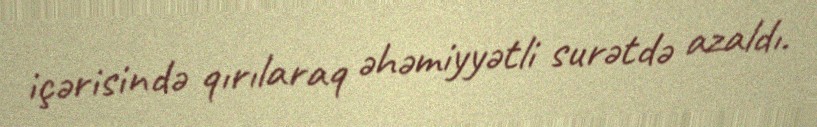
içərisində qırılaraq əhəmiyyətli surətdə azaldı.